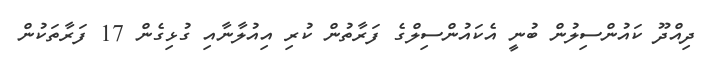
ދިއްދޫ ކައުންސިލުން ބުނީ އެކައުންސިލްގެ ފަރާތުން ކުރި އިއުލާނާއި ގުޅިގެން 17 ފަރާތަކުން